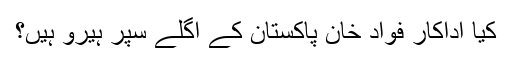
کیا اداکار فواد خان پاکستان کے اگلے سپر ہیرو ہیں؟